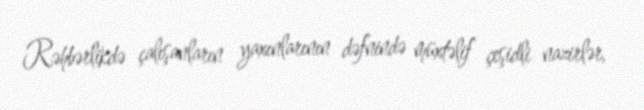
Rəhbərlikdə çalışanların yaxınlarının dəfnində müxtəlif çeşidli nazirlər,